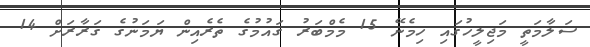
ސަލާމަތީ މަޖިލީހުގައި ހިމެނޭ 15 މެމްބަރު ގައުމުގެ ތެރެއިން ޔަމަނުގެ ގަރާރަށް 14